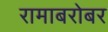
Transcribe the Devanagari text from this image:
रामाबरोबर